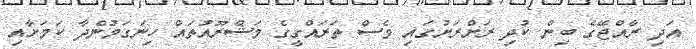
އަދި ރާއްޖޭގެ ބިން ކުދި ރަށްރަށުގައި ވެސް ތަރައްގީގެ މަޝްރޫއުތައް ހިނަގަމުންދާ ކަމަށާއި